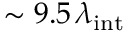
\sim 9 . 5 \, \lambda _ { \mathrm { { i n t } } }